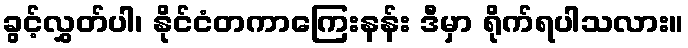
ခွင့်လွှတ်ပါ၊ နိုင်ငံတကာကြေးနန်း ဒီမှာ ရိုက်ရပါသလား။